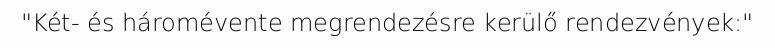
"Két- és háromévente megrendezésre kerülő rendezvények:"